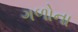
ગળોના